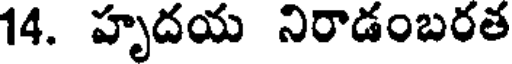
14. హృదయ నిరాడంబరత